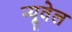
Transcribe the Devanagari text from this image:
न्यूवेल